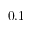
0 . 1